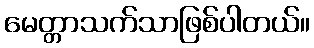
မေတ္တာသက်သာဖြစ်ပါတယ်။